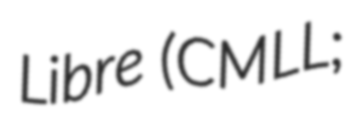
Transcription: Libre (CMLL;